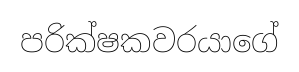
පරික්ෂකවරයාගේ